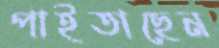
পাইতাছেন